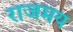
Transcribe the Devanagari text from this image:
राजमय